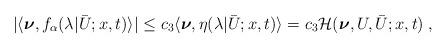
LaTeX: \begin{align*}\begin{aligned}| \langle \boldsymbol{\nu} , f_\alpha (\lambda | \bar U;x,t ) \rangle| &\le c_3 \langle \boldsymbol{\nu} , \eta (\lambda | \bar U;x,t ) \rangle = c_3 \mathcal{H} ( \boldsymbol{\nu},U,\bar{U};x,t)\;,\end{aligned}\end{align*}